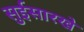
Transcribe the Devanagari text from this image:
सुईसारखे